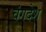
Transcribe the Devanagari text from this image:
वंगदेश